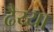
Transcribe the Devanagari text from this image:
ढैय्या